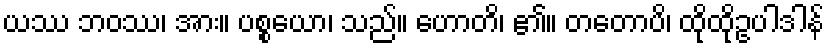
ယဿ ဘဝဿ၊ အား။ ပစ္စယော၊ သည်။ ဟောတိ၊ ၏။ တတောပိ၊ ထိုထိုဥပါဒါန်